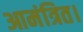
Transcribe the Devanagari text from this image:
आमंत्रित।